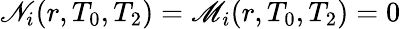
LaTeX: \mathscr{N}_{i}(r,T_{0},T_{2})=\mathscr{M}_{i}(r,T_{0},T_{2})=0